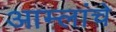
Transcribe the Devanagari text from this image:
आम्लांचे